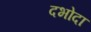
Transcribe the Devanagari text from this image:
दभोदा